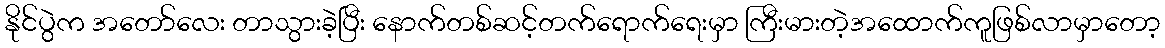
နိုင်ပွဲက အတော်လေး တာသွားခဲ့ပြီး နောက်တစ်ဆင့်တက်ရောက်ရေးမှာ ကြီးမားတဲ့အထောက်ကူဖြစ်လာမှာတော့